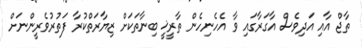
ތާޖް އާއި އަދިވެސް އާގަރާގައި ވާ އެހެނިހެން ތާރީޚީ ބިނާތަކަށް ޒިޔާރަތްކުރާ ފަތުރުވެރީންނަށް